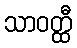
သာဝတ္ထီ